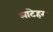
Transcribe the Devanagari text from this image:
लाटेहर